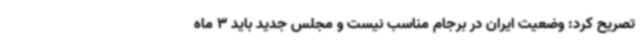
تصریح کرد: وضعیت ایران در برجام مناسب نیست و مجلس جدید باید 3 ماه